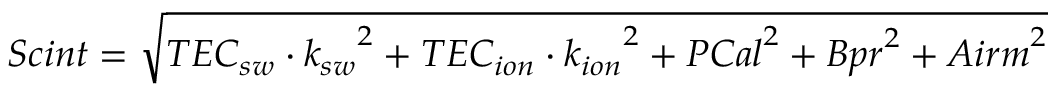
\begin{array} { r } { { S c i n t } = \sqrt { { T E C _ { s w } \cdot k _ { s w } } ^ { 2 } + { T E C _ { i o n } \cdot k _ { i o n } } ^ { 2 } + { P C a l } ^ { 2 } + { B p r } ^ { 2 } + { A i r m } ^ { 2 } } } \end{array}